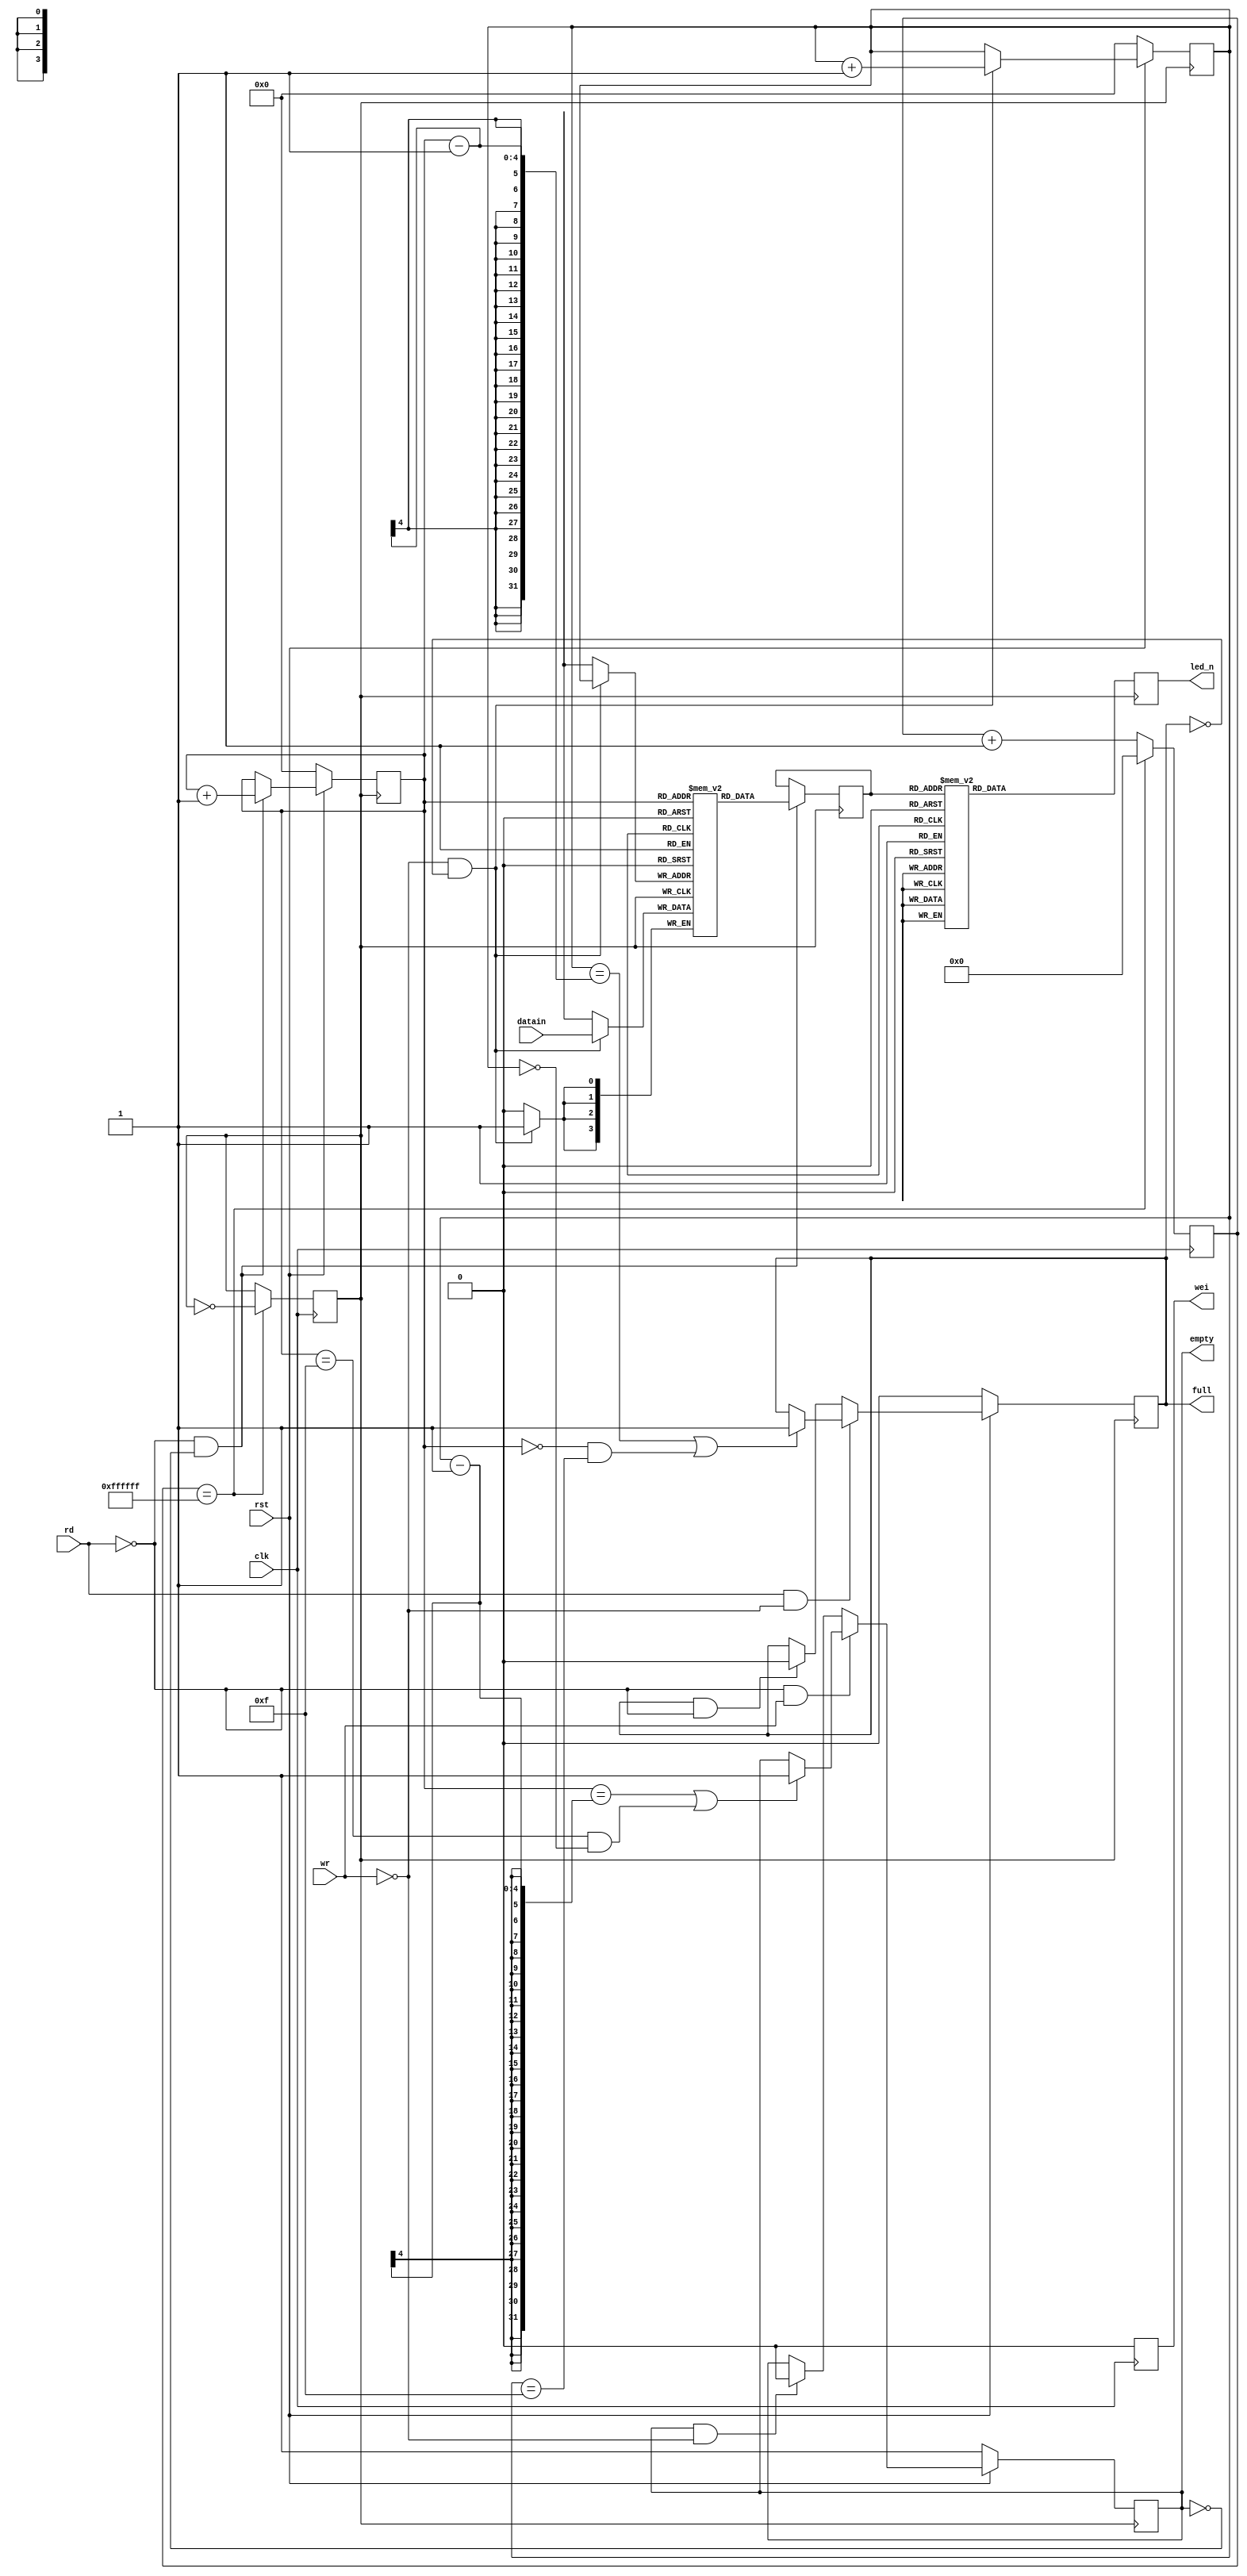
module fifo(datain, rd, wr, rst, clk, full, empty,led_n,wei);

input [3:0] datain;
input rd, wr, rst, clk;

output [6:0] led_n;
output full, empty, wei;

reg [3:0] dataout;
reg full_in, empty_in,wei_in,div;
reg [3:0] mem [15:0];
reg [23:0]cnt;
reg [3:0] rp, wp;
reg [6:0] led_n;

assign full = full_in;
assign empty = empty_in;
assign wei=wei_in;

parameter 
    reg0=7'b0000001,
    reg1=7'b1001111,
    reg2=7'b0010010,
    reg3=7'b0000110,
    reg4=7'b1001100,
    reg5=7'b0100100,
    reg6=7'b0100000,
    reg7=7'b0001101,
    reg8=7'b0000000,
    reg9=7'b0000100,
    rega=7'b0001000,
    regb=7'b1100000,
    regc=7'b0110001,
    regd=7'b1000010,
    rege=7'b0110000,
    regf=7'b0111000;

// memory read out
//assign dataout = mem[rp];
// memory write in

always@(posedge clk) 
begin
    if(cnt==24'b111111111111111111111111)
	    begin
	    div=~div;
	    cnt<=0;
	    end
    else
	    begin
	    cnt<=cnt+1;
	    end
end

always@(posedge clk) 
begin
    wei_in<=1'b0;
end

always@(posedge div) 
begin
    if(~wr && ~full_in) 
	    mem[wp]<=datain;
end

// memory write pointer increment
always@(posedge div) 
begin
    if(!rst) 
	    wp<=0;
    else 
    begin
        if(~wr && ~full_in)    
        wp<= wp+1'b1;
    end
end

// memory read pointer increment
always@(posedge div)
begin
    if(!rst) 
        rp <= 0;
    else 
    begin
        if(~rd && ~empty_in) 
        rp <= rp + 1'b1;
    end
end

// Full signal generate
always@(posedge div) 
begin
    if(!rst) 
        full_in <= 1'b0;
    else 
    begin
        if(rd && ~wr)
            begin
            if((wp==rp-1)||(rp==4'h0&&wp==4'hf))
		        full_in <= 1'b1;
		    end
        else if(full_in && ~rd) 
		    full_in <= 1'b0;
    end
end

// Empty signal generate
always@(posedge div ) 
begin
    if(!rst) 
        empty_in <= 1'b1;
	else 
	    begin
        if(~rd&&wr)
		    begin  
                if(rp==wp-1 || (rp==4'hf&&wp==4'h0))
                    empty_in<=1'b1;
            end
        else if(empty_in && ~wr) 
            empty_in<=1'b0;
        end
end

always@(posedge div) 
begin
    if(~rd && ~empty_in) 
		dataout<=mem[rp];
		 case(dataout) 
            4'h0: led_n<=reg0;
            4'h1: led_n<=reg1;
            4'h2: led_n<=reg2;
            4'h3: led_n<=reg3;
            4'h4: led_n<=reg4;
            4'h5: led_n<=reg5;
            4'h6: led_n<=reg6;
            4'h7: led_n<=reg7;
            4'h8: led_n<=reg8;
            4'h9: led_n<=reg9;
            4'ha: led_n<=rega;
            4'hb: led_n<=regb;
            4'hc: led_n<=regc;
            4'hd: led_n<=regd;
            4'he: led_n<=rege;
            4'hf: led_n<=regf;
        default:;
        endcase								
end
endmodule